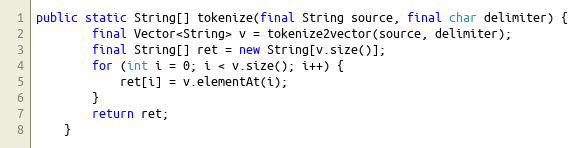
Language: Java
public static String[] tokenize(final String source, final char delimiter) {
		final Vector<String> v = tokenize2vector(source, delimiter);
		final String[] ret = new String[v.size()];
		for (int i = 0; i < v.size(); i++) {
			ret[i] = v.elementAt(i);
		}
		return ret;
	}